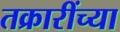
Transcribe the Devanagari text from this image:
तक्रारींच्या